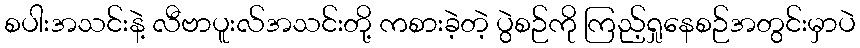
စပါးအသင်းနဲ့ လီဗာပူးလ်အသင်းတို့ ကစားခဲ့တဲ့ ပွဲစဉ်ကို ကြည့်ရှုနေစဉ်အတွင်းမှာပဲ